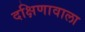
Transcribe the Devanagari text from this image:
दक्षिणावाला